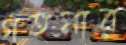
গহনার